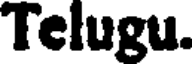
Telugu.